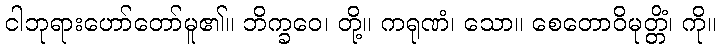
ငါဘုရားဟော်တော်မူ၏။ ဘိက္ခဝေ၊ တို့။ ကရုဏံ၊ သော။ စေတောဝိမုတ္တိံ၊ ကို။